Medical and sanitary report of the native army of Madras for the year
Year: 1878
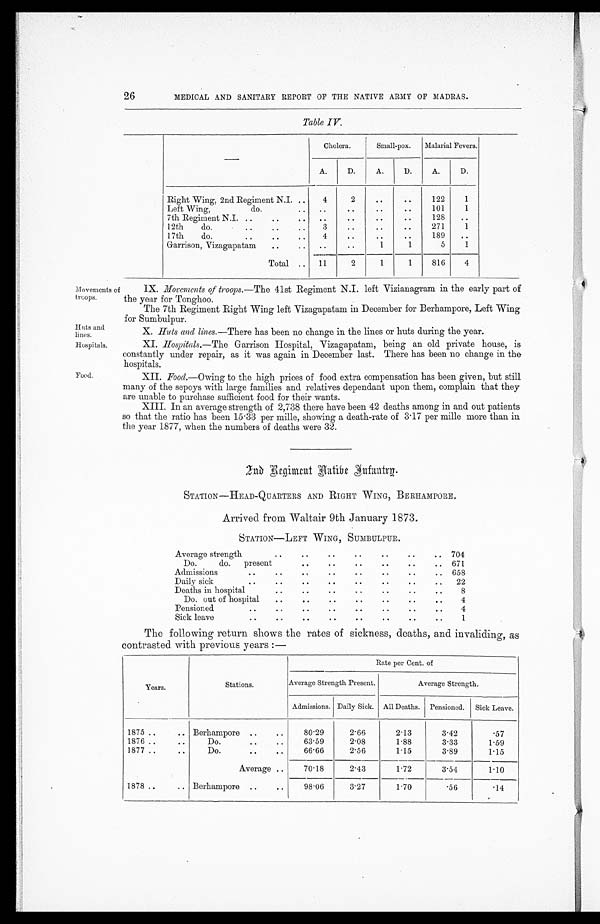
Huts and
lines.
Hospitals
.
Food.
26
MEDICAL AND SANITARY REPORT OF THE NATIVE ARMY OF MADRAS.
Table IV.
Cholera.
Small-pox. Malarial Fevers.
A.
D.
A.
D.
A.
D.
Right Wing, 2nd Regiment N.I. ..
4
2
..
. .
122
1
Left Wing,
do.
..
. .
. .
. .
. .
101
1
7th Regiment N.I. ..
..
. .
. .
..
..
..
128 ..
12th
do.
..
..
. .
3
. .
. .
. .
271
1
17th
do.
..
..
..
4
. .
..
. .
189 ..
Garrison, Vizagapatam
..
. .
. .
. .
1
1
5
1
Total
. . 11
2
1
1
816
4
Movements of
troops.
IX. Movements of troops. —The 41st Regiment N.I. left Vizianagram in the early part of
the year for Tonghoo.
The 7th Regiment Right Wing left Vizagapatam in December for Berhampore, Left Wing
for Sumbulpur.
X. Huts and lines. —There has been no change in the lines or huts during the year.
XI. Hospitals. —The Garrison Hospital, Vizagapatam, being an old private house, is
constantly under repair, as it was again in December last. There has been no change in the
hospitals.
XII. Food.—Owing to the high prices of food extra compensation has been given, but still
many of the sepoys with large families and relatives dependant upon them, complain that they
are unable to purchase sufficient food for their wants.
XIII. In an average strength of 2,738 there have been 42 deaths among in and out patients
so that the ratio has been 15.33 per mille, showing a death-rate of 3.17 per mille more than in
the year 1877, when the numbers of deaths were 32.
2nd Regiment Native Infantry.
STATION—HEAD-QUARTERS AND RIGHT WING, BERHAMPORE.
Arrived from Waltair 9th January 1873.
STATION—LEFT WING, SUMBULPUR.
Average strength
. .
..
. .
. .
. .
. . .. 704
Do.
do. present
..
. .
..
. .
. .
. . 671
Admissions.
..
. .
. .
..
..
..
.. 658
Daily sick
..
..
. .
. .
..
..
..
.. 22
Deaths in hospital
..
..
. .
..
..
. . ..
8
Do. out of hospital
. .
..
. .
. .
. .
. .
. .
4
Pensioned ..
. .
. .
. .
. .
..
. .
. .
4
Sick leave
..
..
. .
. .
. .
. .
. . ..
1
The following return shows the rates of sickness, deaths, and invaliding, as
contrasted with previous years :—
Years.
Stations.
Rate per Cent. of
Average Strength Present.
Average Strength.
Admissions. Daily Sick. All Deaths. Pensioned. Sick Leave.
1875 ..
.. Berhampore ..
..
80.29
2.66
2.13
3.42
.57
1876 ..
..
Do.
..
..
63.59
2.08
1.88
3.33
1.59
1877 ..
..
Do.
. .
. .
66.66
2.56
1.15
3.89
1.15
Average ..
70.18
2.43
1.72
3.54
1.10
1878 ..
.. Berhampore ..
..
98.06
3.27
1.70
.56
.14